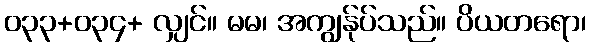
၀၃၃+၀၃၄+ လျှင်။ မမ၊ အကျွန်ုပ်သည်။ ပိယတရော၊